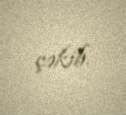
çəkib.